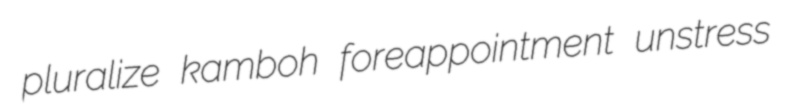
pluralize kamboh foreappointment unstress